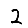
Digit: 2